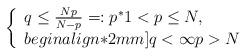
LaTeX: \begin{align*}\left\{\begin{array}{l}q \leq\frac{Np}{N-p}=: p^* 1<p\le N,\\begin{align*}2mm]q<\infty p> N\end{array}\right.\end{align*}